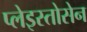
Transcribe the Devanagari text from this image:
प्लेइस्तोसेन